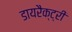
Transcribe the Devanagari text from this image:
डायरैक्ट्री